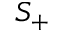
S _ { + }